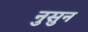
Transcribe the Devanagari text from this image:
नुसुन